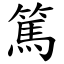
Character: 篤